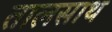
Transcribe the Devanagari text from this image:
तालसाथ